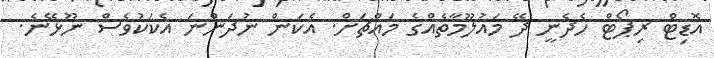
އޮޑިޓް ރިޕޯޓް ހެދެނީ ދޭ މައުލޫމާތެއްގެ މައްޗަށް. އެކަން ނުދަންނަ އެކަކުވެސް ނޫޅޭނެ.